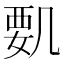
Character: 𠙞